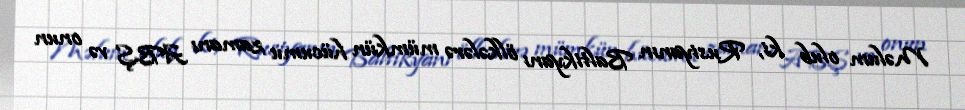
Məlum olub ki, Rusiyanın Baltikyanı ölkələrə mümkün hücumu zamanı ABŞ və onun